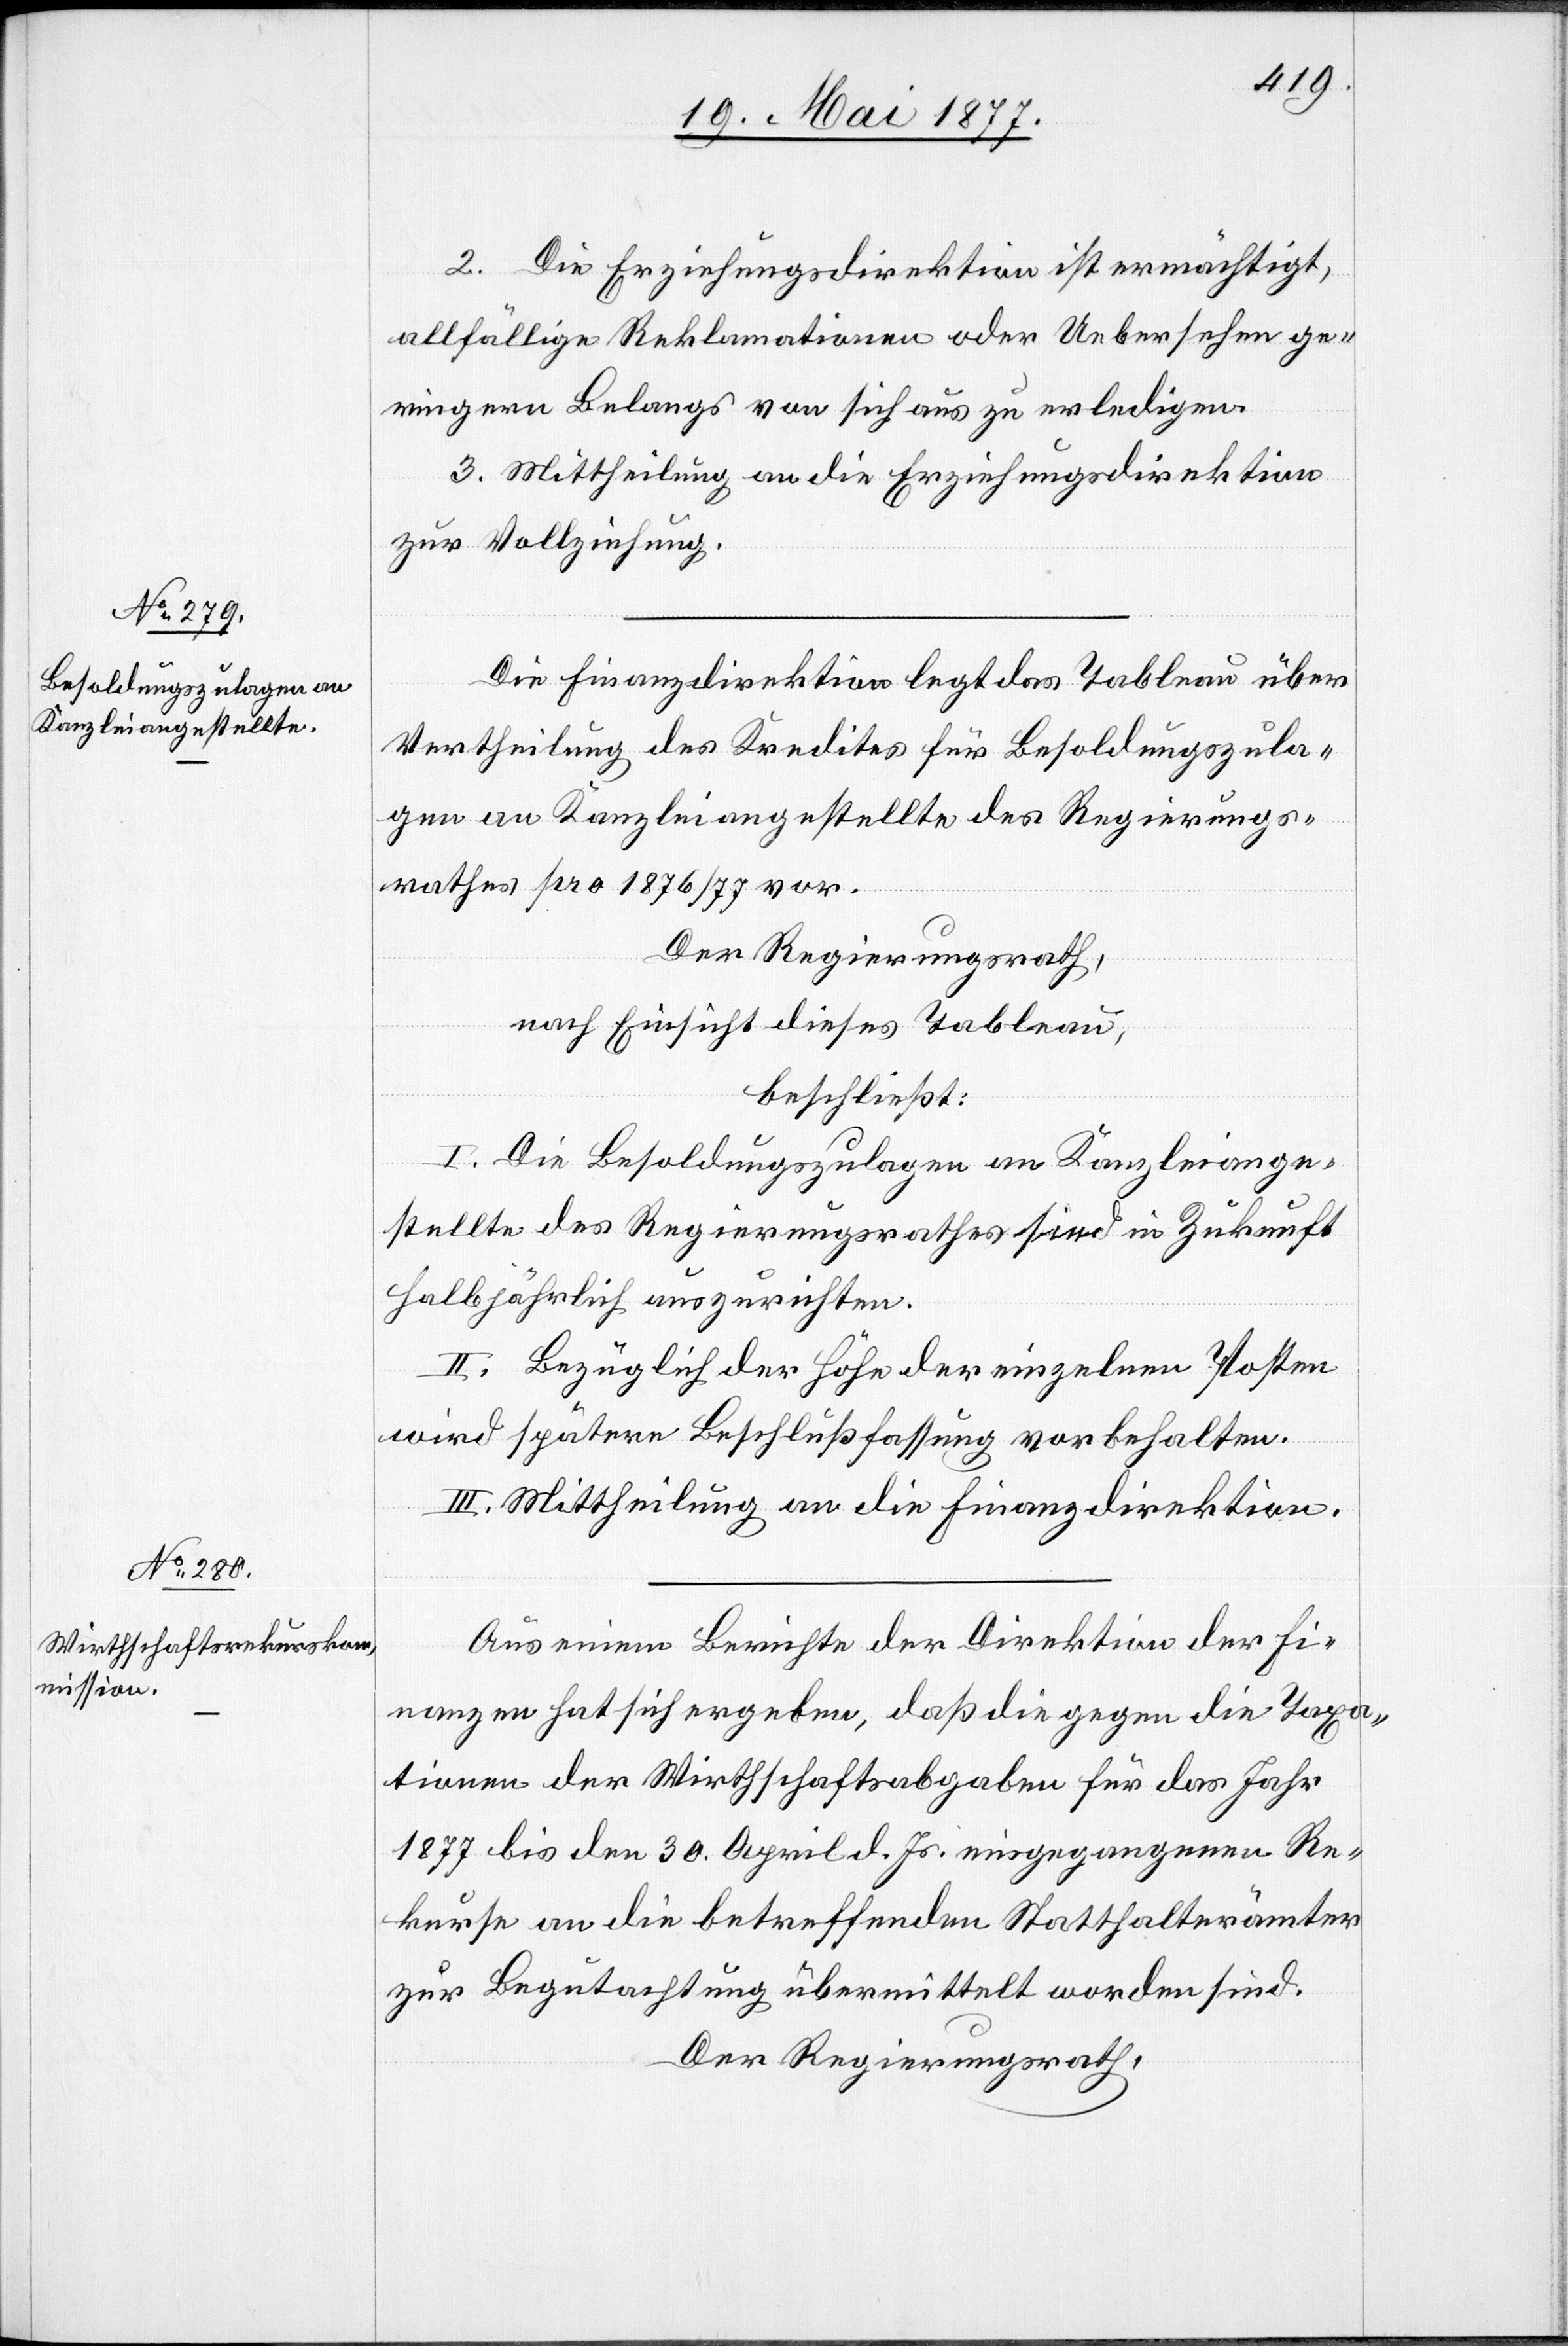
2. Die Erziehungsdirektion ist ermächtigt,
allfällige Reklamationen oder Uebersehen ge¬
ringen Belangs von sich aus zu erledigen.
3. Mittheilung an die Erziehungsdirektion
zur Vollziehung.
Die Finanzdirektion legt das Tableau über
Vertheilung des Kredites für Besoldungszula¬
gen an Kanzleiangestellte des Regierungs¬
rathes pro 1876/77 vor.
Der Regierungsrath,
nach Einsicht dieses Tableau,
beschließt:
I. Die Besoldungszulagen an Kanzleiange¬
stellte des Regierungsrathes sind in Zukunft
halbjährlich auszurichten.
II. Bezüglich der Höhe der einzelnen Posten
wird spätere Beschlußfassung vorbehalten.
III. Mittheilung an die Finanzdirektion.
Aus einem Berichte der Direktion der Fi¬
nanzen hat sich ergeben, daß die gegen die Taxa¬
tionen der Wirthschaftsabgaben für das Jahr
1877 bis den 30. April d. Js. eingegangenen Re¬
kurse an die betreffenden Statthalterämter
zur Begutachtung übermittelt worden sind.
Der Regierungsrath,